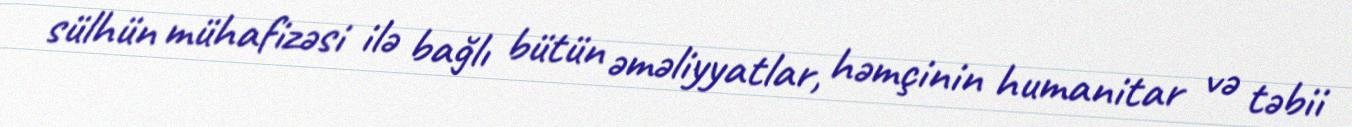
sülhün mühafizəsi ilə bağlı bütün əməliyyatlar, həmçinin humanitar və təbii